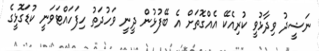
ނަޝީދު ވިދާޅުވީ ކުރިއެކޭ އެއްގޮތަށް އެ ބޭފުޅުން ދީނީ ވަހުދަތު ހިފަހައްޓަވަނީ ކުޑަގޮޅީގެ